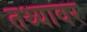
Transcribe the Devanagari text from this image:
तथ्यावर